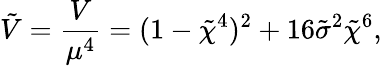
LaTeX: \tilde{V}=\frac{V}{\mu^{4}}=(1-\tilde{\chi}^{4})^{2}+16\tilde{\sigma}^{2}\tilde{\chi}^{6},